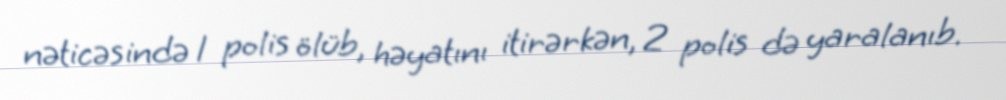
nəticəsində 1 polis ölüb, həyatını itirərkən, 2 polis də yaralanıb.